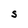
Character: S